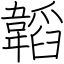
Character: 韜